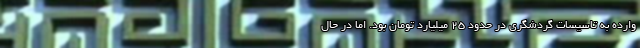
وارده به تاسیسات گردشگری در حدود ۲۵ میلیارد تومان بود. اما در حال